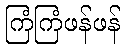
ကြံကြံဖန်ဖန်